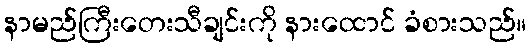
နာမည်ကြီးတေးသီချင်းကို နားထောင် ခံစားသည်။